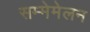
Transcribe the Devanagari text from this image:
सम्मेमेलन